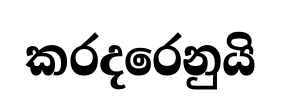
කරදරෙනුයි